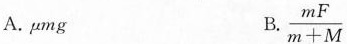
A.\mu mg B. \frac{mF}{m+M}